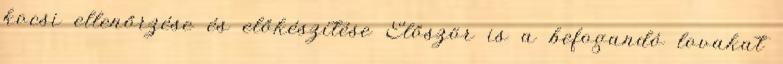
kocsi ellenőrzése és előkészítése Először is a befogandó lovakat